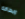
وبطاقة